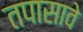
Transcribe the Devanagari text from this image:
तपासावे